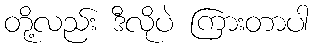
တို့လည်း ဒီလိုပဲ ကြားတာပါ